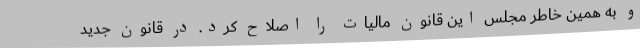
و به همین خاطر مجلس این قانون مالیات را اصلاح کرد. در قانون جدید